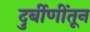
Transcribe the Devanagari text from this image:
दुर्बीणींतून